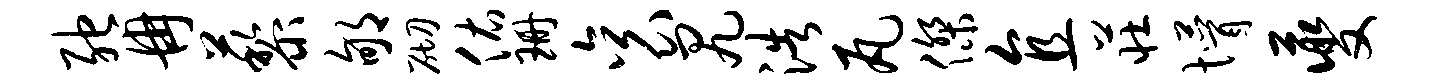
弛冉藜郇砌佑珊衮尻浩瓦杰直庄懵夔